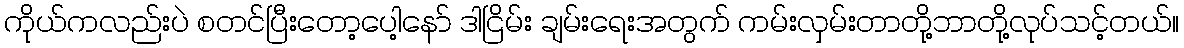
ကိုယ်ကလည်းပဲ စတင်ပြီးတော့ပေါ့နော် ဒါငြိမ်း ချမ်းရေးအတွက် ကမ်းလှမ်းတာတို့ဘာတို့လုပ်သင့်တယ်။